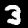
Label: 3